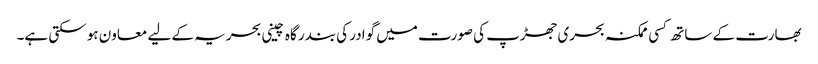
بھارت کے ساتھ کسی ممکنہ بحری جھڑپ کی صورت میں گوادر کی بندر گاہ چینی بحریہ کے لیے معاون ہو سکتی ہے۔